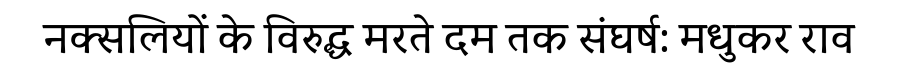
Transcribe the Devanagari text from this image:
नक्सलियों के विरुद्ध मरते दम तक संघर्ष: मधुकर राव